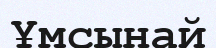
Ұмсынай